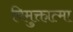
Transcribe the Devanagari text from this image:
विमुक्तात्मा